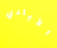
الأيادي